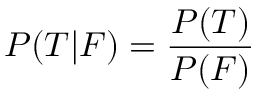
P ( T | F ) = { \frac { P ( T ) } { P ( F ) } }